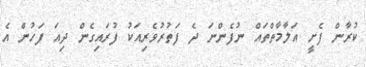
ކުރާން ފެށީ އަލާމާތްތައް ނުފެންނަ ދެ ފަތުރުވެރިއަކު ފުރައިގެން ދިއަ ފަހުން އެ